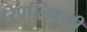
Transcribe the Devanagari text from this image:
रिपब्लिकची